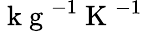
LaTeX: \mathrm{~k~g~}^{-1}\mathrm{~K~}^{-1}